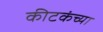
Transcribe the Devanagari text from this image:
कीटकंच्या